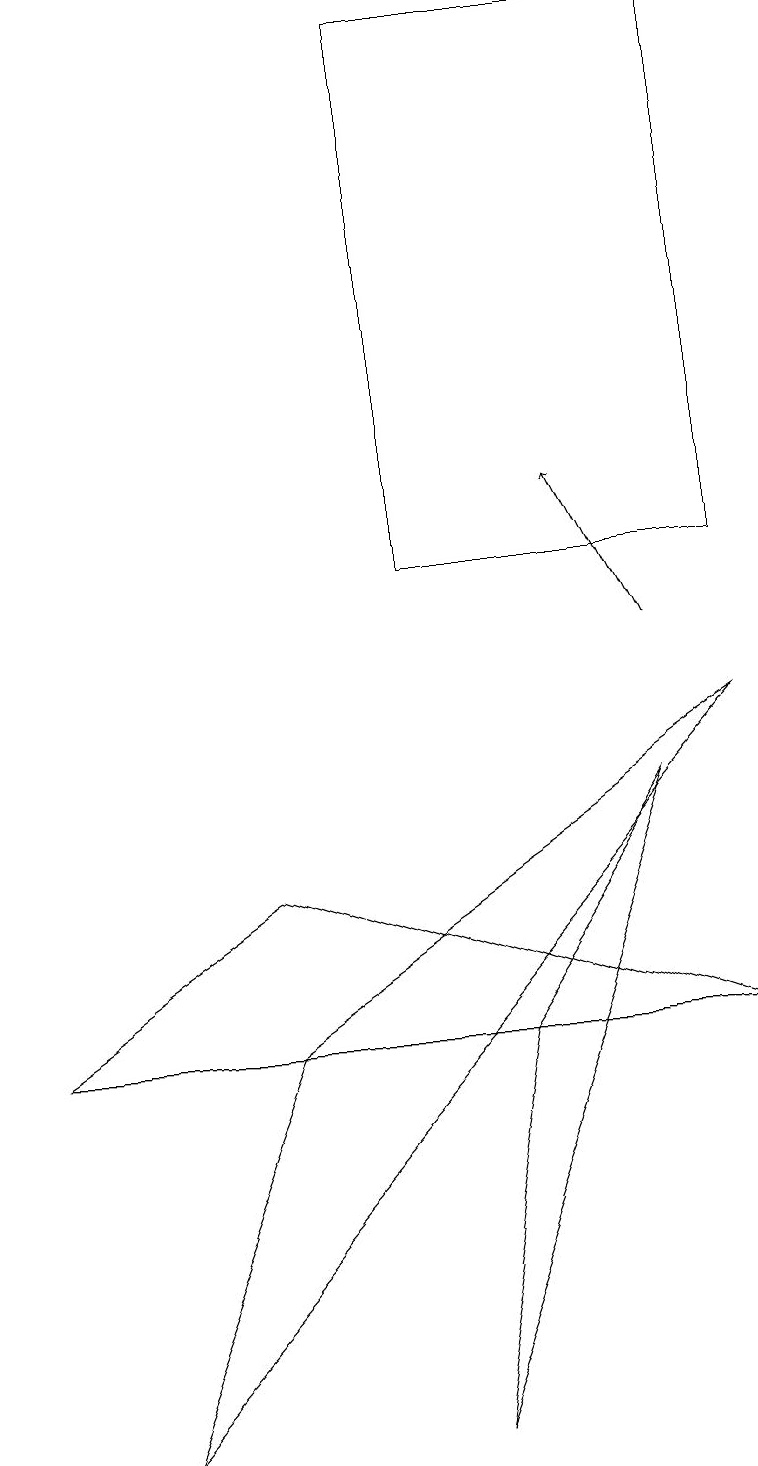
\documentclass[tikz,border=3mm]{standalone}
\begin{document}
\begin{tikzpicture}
\draw (3,5) -- (9,9) -- (1,0) -- cycle;
\draw[->] (8,10) -- (7,12);
\draw (3,7) -- (9,5) -- (0,5) -- cycle;
\draw (6,5) -- (5,0) -- (8,8) -- cycle;
\draw (9,11) rectangle (5,18);
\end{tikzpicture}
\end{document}